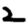
Digit: 2